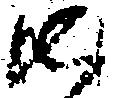
御